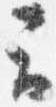
云